Indian journal of veterinary science and animal husbandry - Volumes 28-29, 1958-1959
Year: 1958
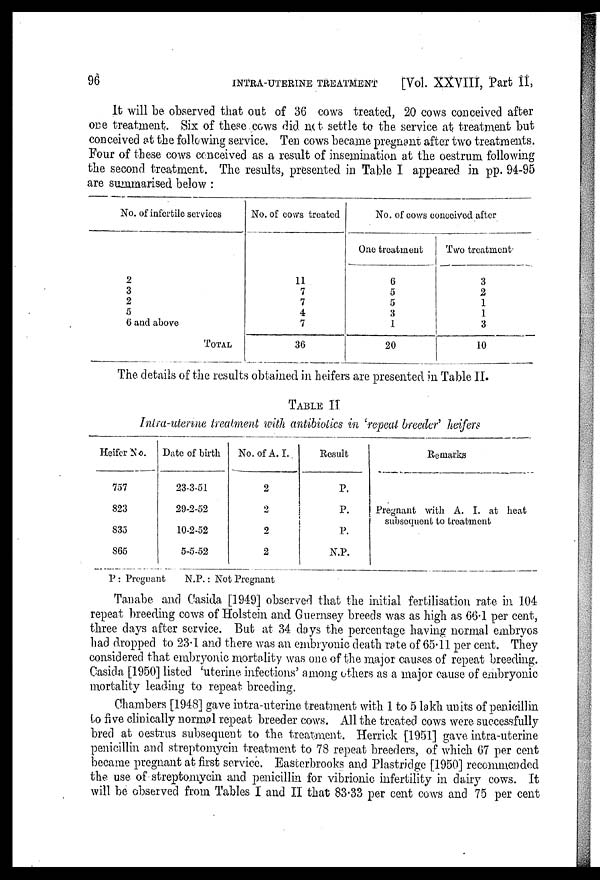
96
INTRA-UTERINE TREATMENT
[Vol. XXVIII, Part II,
It will be observed that out of 36 cows treated, 20 cows conceived after
one treatment. Six of these cows did not settle to the service at treatment but
conceived at the following service. Ten cows became pregnant after two treatments.
Four of these cows conceived as a result of insemination at the oestrum following
the second treatment. The results, presented in Table I appeared in pp. 94-95
are summarised below :
No. of infertile services
2
3
2
5
6 and above
TOTAL
No. of cows treated
11
7
7
4
7
36
No. of cows conceived after
One treatment
6
5
5
3
1
20
Two treatment
3
2
1
1
3
10
The details of the results obtained in heifers are presented in Table II.
TABLE II
Intra-uterine treatment with antibiotics in 'repeat breeder' heifers
Heifer No.
757
823
835
865
Date of birth
23-3-51
29-2-52
10-2-52
5-5-52
No. of A. I.
2
2
2
2
Result
P.
P.
P.
N.P.
Remarks
Pregnant with A. I. at heat
subsequent to treatment
P : Pregnant N.P. : Not Pregnant
Tanabe and Casida [1949] observed that the initial fertilisation rate in 104
repeat breeding cows of Holstein and Guernsey breeds was as high as 66.1. per cent,
three days after service. But at 34 days the percentage having normal embryos
had dropped to 23.1 and there was an embryonic death rate of 65.11 per cent. They
considered that embryonic mortality was one of the major causes of repeat breeding.
Casida [1950] listed 'uterine infections' among others as a major cause of embryonic
mortality leading to repeat breeding.
Chambers [1948] gave intra-uterine treatment with 1 to 5 lakh units of penicillin
to five clinically normal repeat breeder cows. All the treated cows were successfully
bred at oestrus subsequent to the treatment. Herrick [1951] gave intra-uterine
penicillin and streptomycin treatment to 78 repeat breeders, of which 67 per cent
became pregnant at first service. Easterbrooks and Plastridge [1950] recommended
the use of streptomycin and penicillin for vibrionic infertility in dairy cows. It
will be observed from Tables I and II that 83.33 per cent cows and 75 per cent